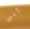
آفي